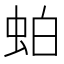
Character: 𬠀